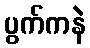
ပွက်ကနဲ